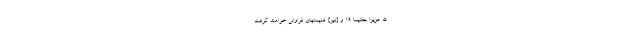
اللَّهُ عَزِيزًا حَكِيمًا ۱۹ و [نيز] غنيمتهاى فراوانى خواهند گرفت